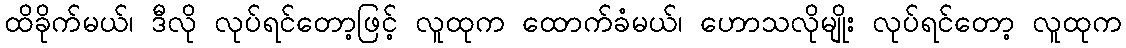
ထိခိုက်မယ်၊ ဒီလို လုပ်ရင်တော့ဖြင့် လူထုက ထောက်ခံမယ်၊ ဟောသလိုမျိုး လုပ်ရင်တော့ လူထုက